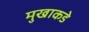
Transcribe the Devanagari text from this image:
मुखाकडे